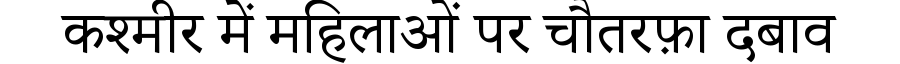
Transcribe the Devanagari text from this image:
कश्मीर में महिलाओं पर चौतरफ़ा दबाव